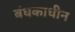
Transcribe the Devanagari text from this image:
बंधकाधीन